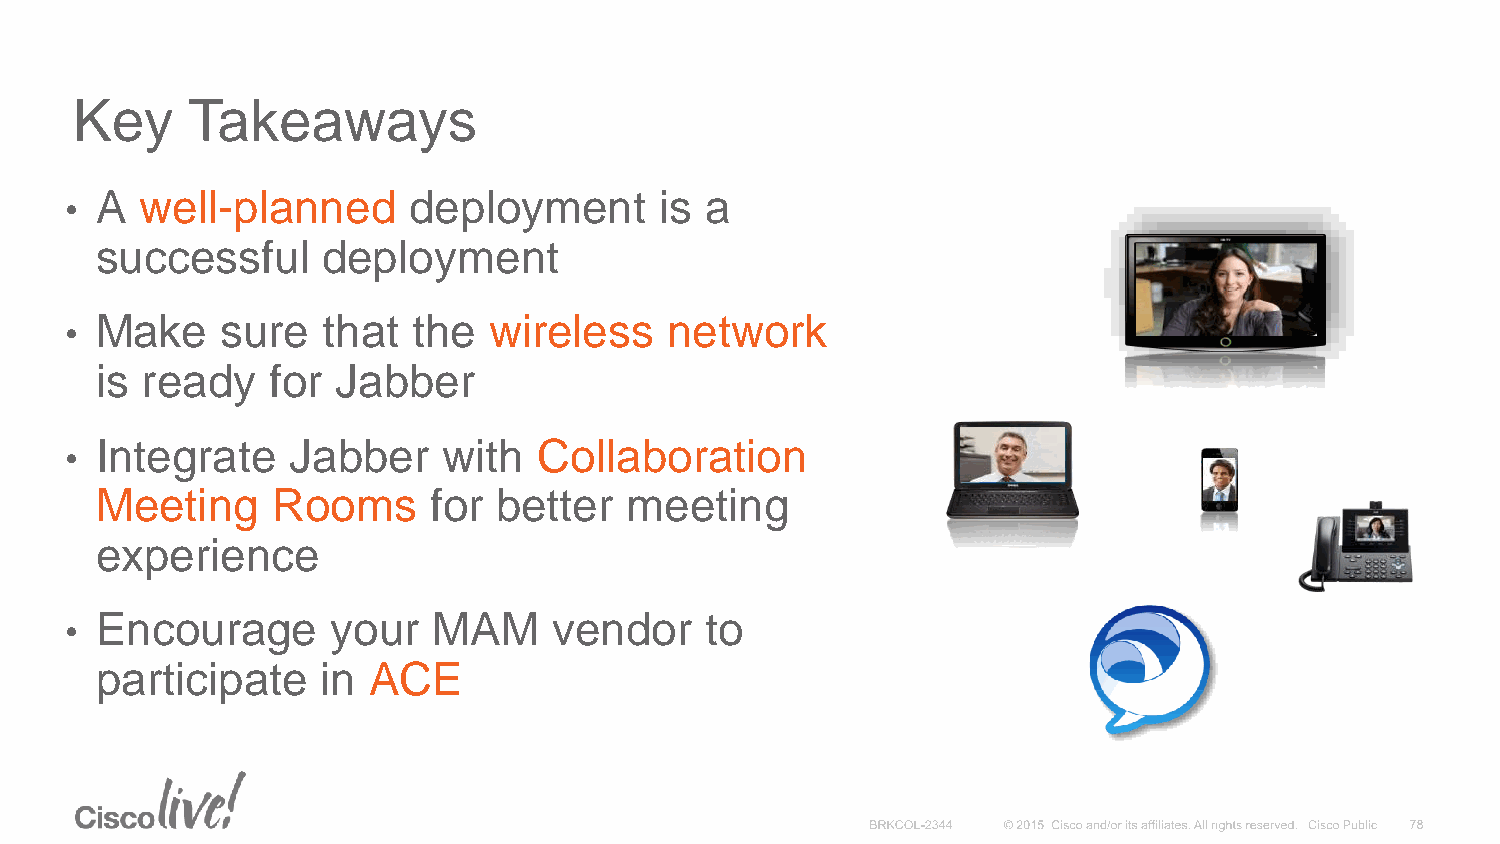
Key    Takeaways
 A  well-planned      deployment       is a
 •
 successful     deployment
 Make     sure  that  the  wireless    network
 •
 is ready    for Jabber
 Integrate    Jabber    with   Collaboration
 •
 Meeting     Rooms     for  better  meeting
 experience
 Encourage       your   MAM     vendor    to
 •
 participate    in ACE